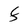
Character: F